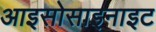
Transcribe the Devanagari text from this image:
आइसोसाइनाइट